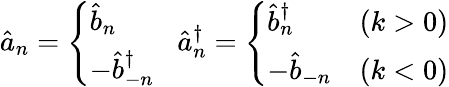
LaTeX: \hat{a}_{n}=\left\{ \begin{array}{l}{{\hat{b}_{n}}}\\ {{-\hat{b}_{-n}^{\dagger}}}\end{array}\right.\; \; \; \hat{a}_{n}^{\dagger}=\left\{ \begin{array}{ll}{{\hat{b}_{n}^{\dagger}}}&{{(k>0)}}\\ {{-\hat{b}_{-n}}}&{{(k<0)}}\end{array}\right.